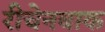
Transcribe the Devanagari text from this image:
रीचेनबाक